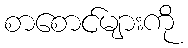
စာစောင်များကို